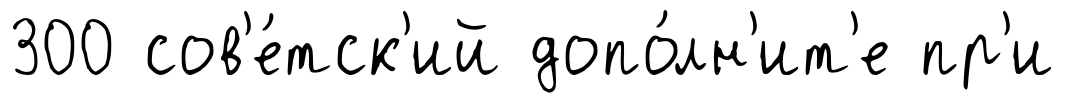
300 сов'е́тск'ий допо́лн'ит'е пр'и